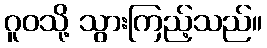
ဂူဝသို့ သွားကြည့်သည်။